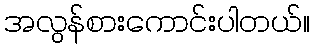
အလွန်စားကောင်းပါတယ်။